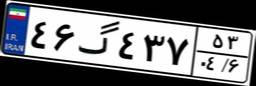
۴۶گ۴۳۷۵۳